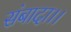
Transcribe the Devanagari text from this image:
संबादा।।